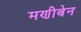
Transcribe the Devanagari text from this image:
मणीबेन